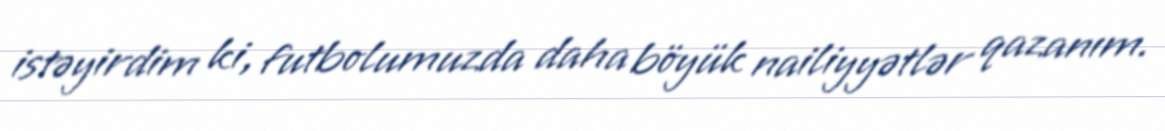
istəyirdim ki, futbolumuzda daha böyük nailiyyətlər qazanım.